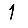
Digit: 1